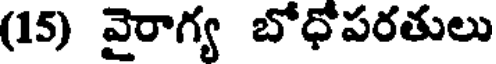
(15) వైరాగ్య బోధోపరతులు